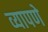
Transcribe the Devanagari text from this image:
व्यापणे